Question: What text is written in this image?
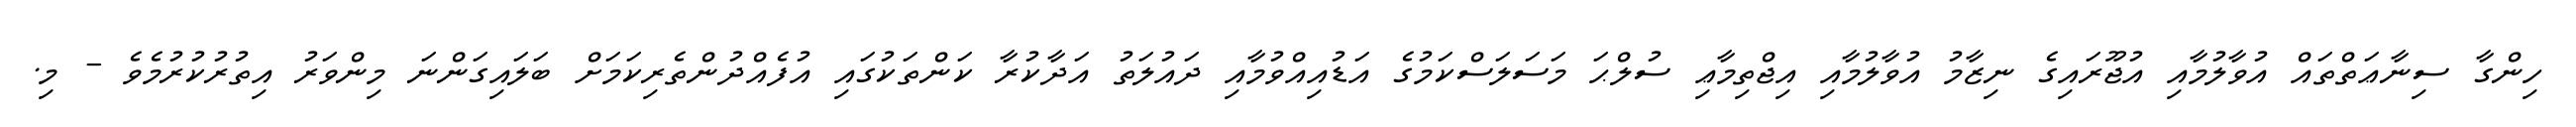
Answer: ހިންގާ ސިނާޢަތްތައް އުވާލުމާއި އުޖޫރައިގެ ނިޒާމު އުވާލުމާއި އިޖްތިމާޢި ސުލްޙަ މަސަލަސްކަމުގެ އަޑުއިއްވުމާއި ދައުލަތު އަދާކުރާ ކަންތަކުގައި އުފެއްދުންތެރިކަމަށް ބަލައިގަންނަ މިންވަރު އިތުރުކުރުމެވެ - މި.